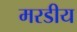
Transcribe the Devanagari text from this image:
मरडीय